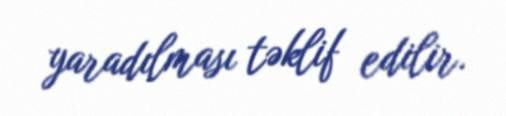
yaradılması təklif edilir.